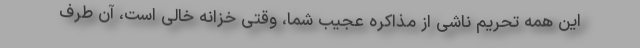
این همه تحریم ناشی از مذاکره عجیب شما، وقتی خزانه خالی است، آن طرف